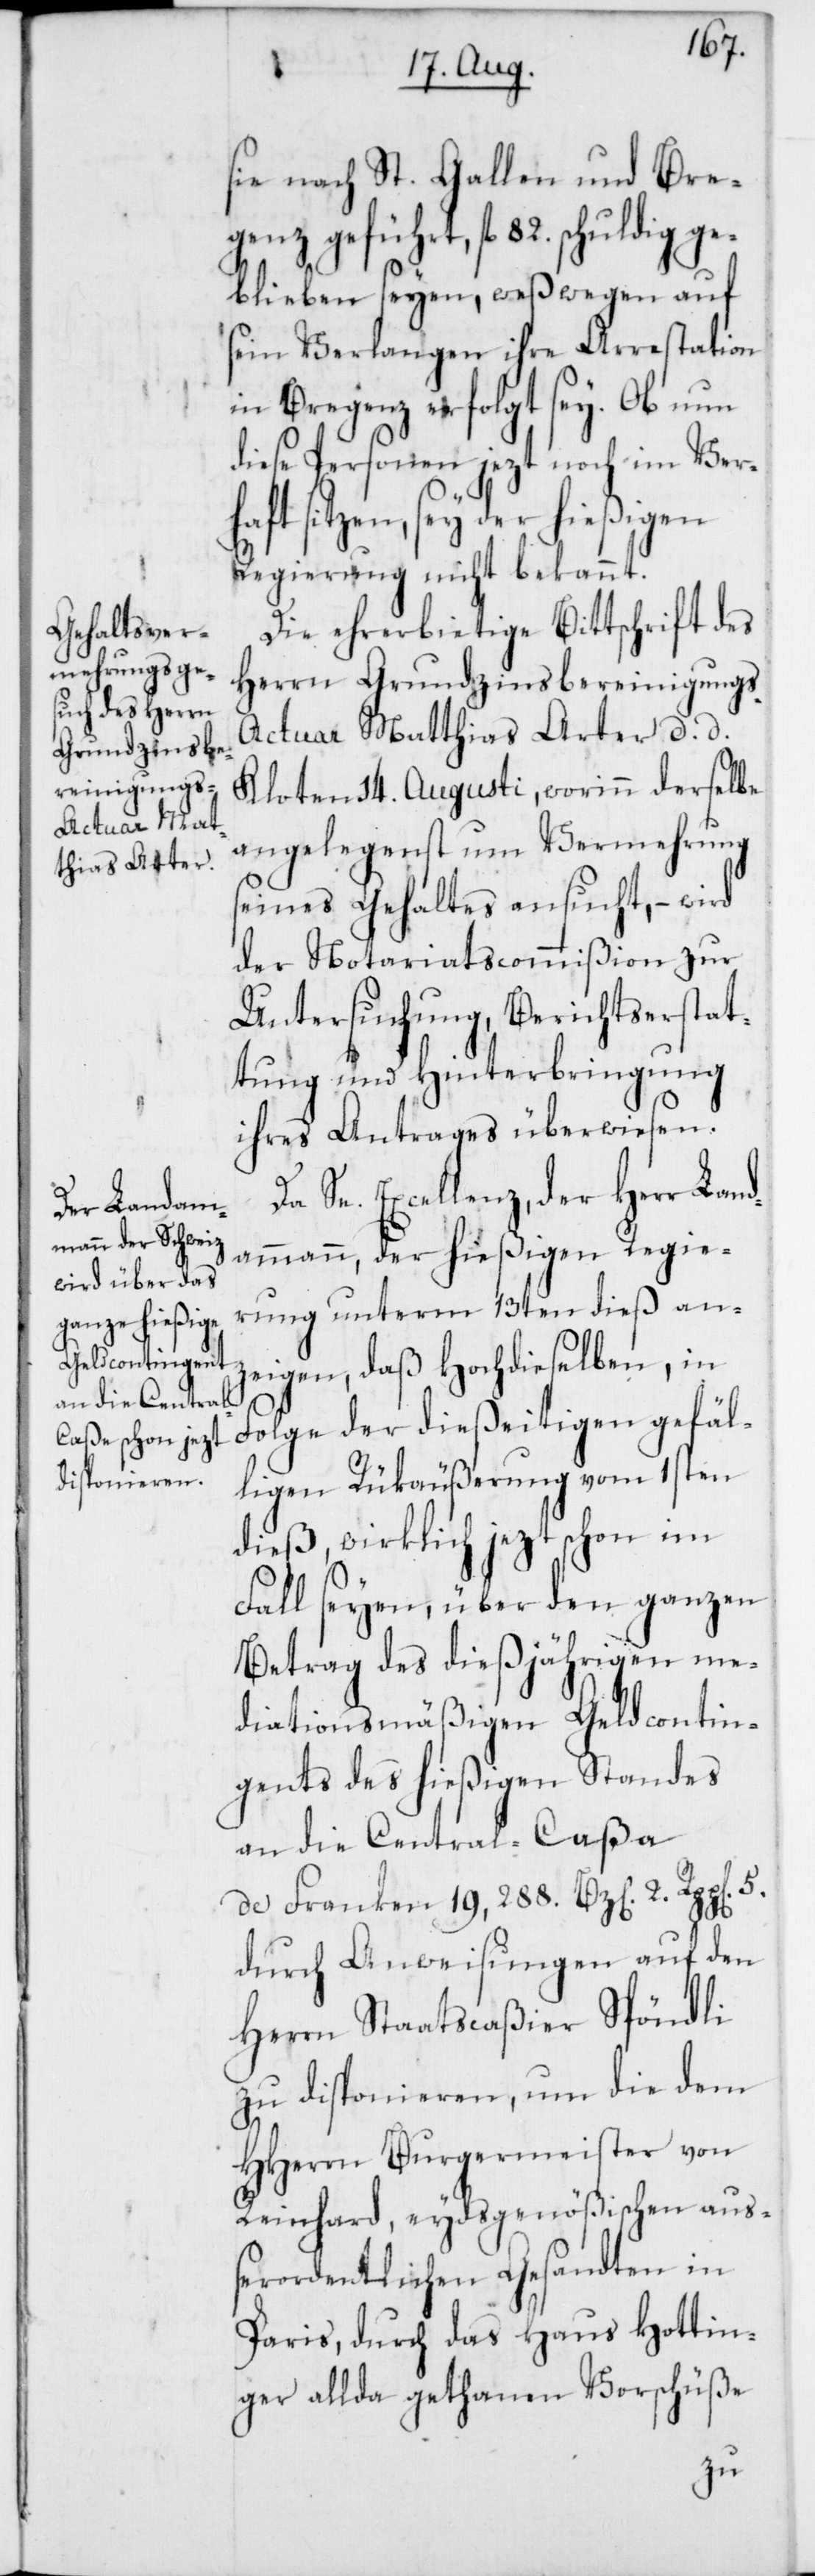
sie nach St. Gallen und Bre¬
genz geführt, fl. 82. schuldig ge¬
blieben seyen, weßwegen auf
sein Verlangen ihre Arrestation
in Bregenz erfolgt sey. Ob nun
diese Personen jezt noch im Ver¬
5.
haft sitzen, sey der hießigen
Regierung nicht bekannt.
Die ehrerbietige Bittschrift des
Herrn Grundzinsbereinigungs-A¬
ctuar Matthias Arter d. d.
Kloten 14. Augusti, worinn derselbe
angelegenst um Vermehrung
seines Gehaltes ansucht, – wird
der Notariatscommißion zur
Untersuchung, Berichtserstat¬
tung und Hinterbringung
ihres Antrages überwiesen.
Se. Excellenz, der Herr Lan¬
dammann, der hießigen Regie¬
rung unterm 13ten dieß an¬
zeigen, daß Hochdieselben, in
Folge der dießeitigen gefäl¬
ligen Rükäußerung vom 1sten
dieß, wirklich jezt schon im
Fall seyen, über den ganzen
Betrag des dießjährigen me¬
diationsmäßigen Geldcontin¬
gents des hießigen Standes
an die Central-Caßa
de Franken 19'288. Bz[en]. 2 Rpp[en].
durch Anweisungen auf den
Herrn Staatscaßier Spöndli
zu disponieren, um die dem
HHerrn Burgermeister von
Reinhard, eydsgenößischen auß¬
erordentlichen Gesandten in
Paris, durch das Haus Hottin¬
ger allda gethanen Vorschüße